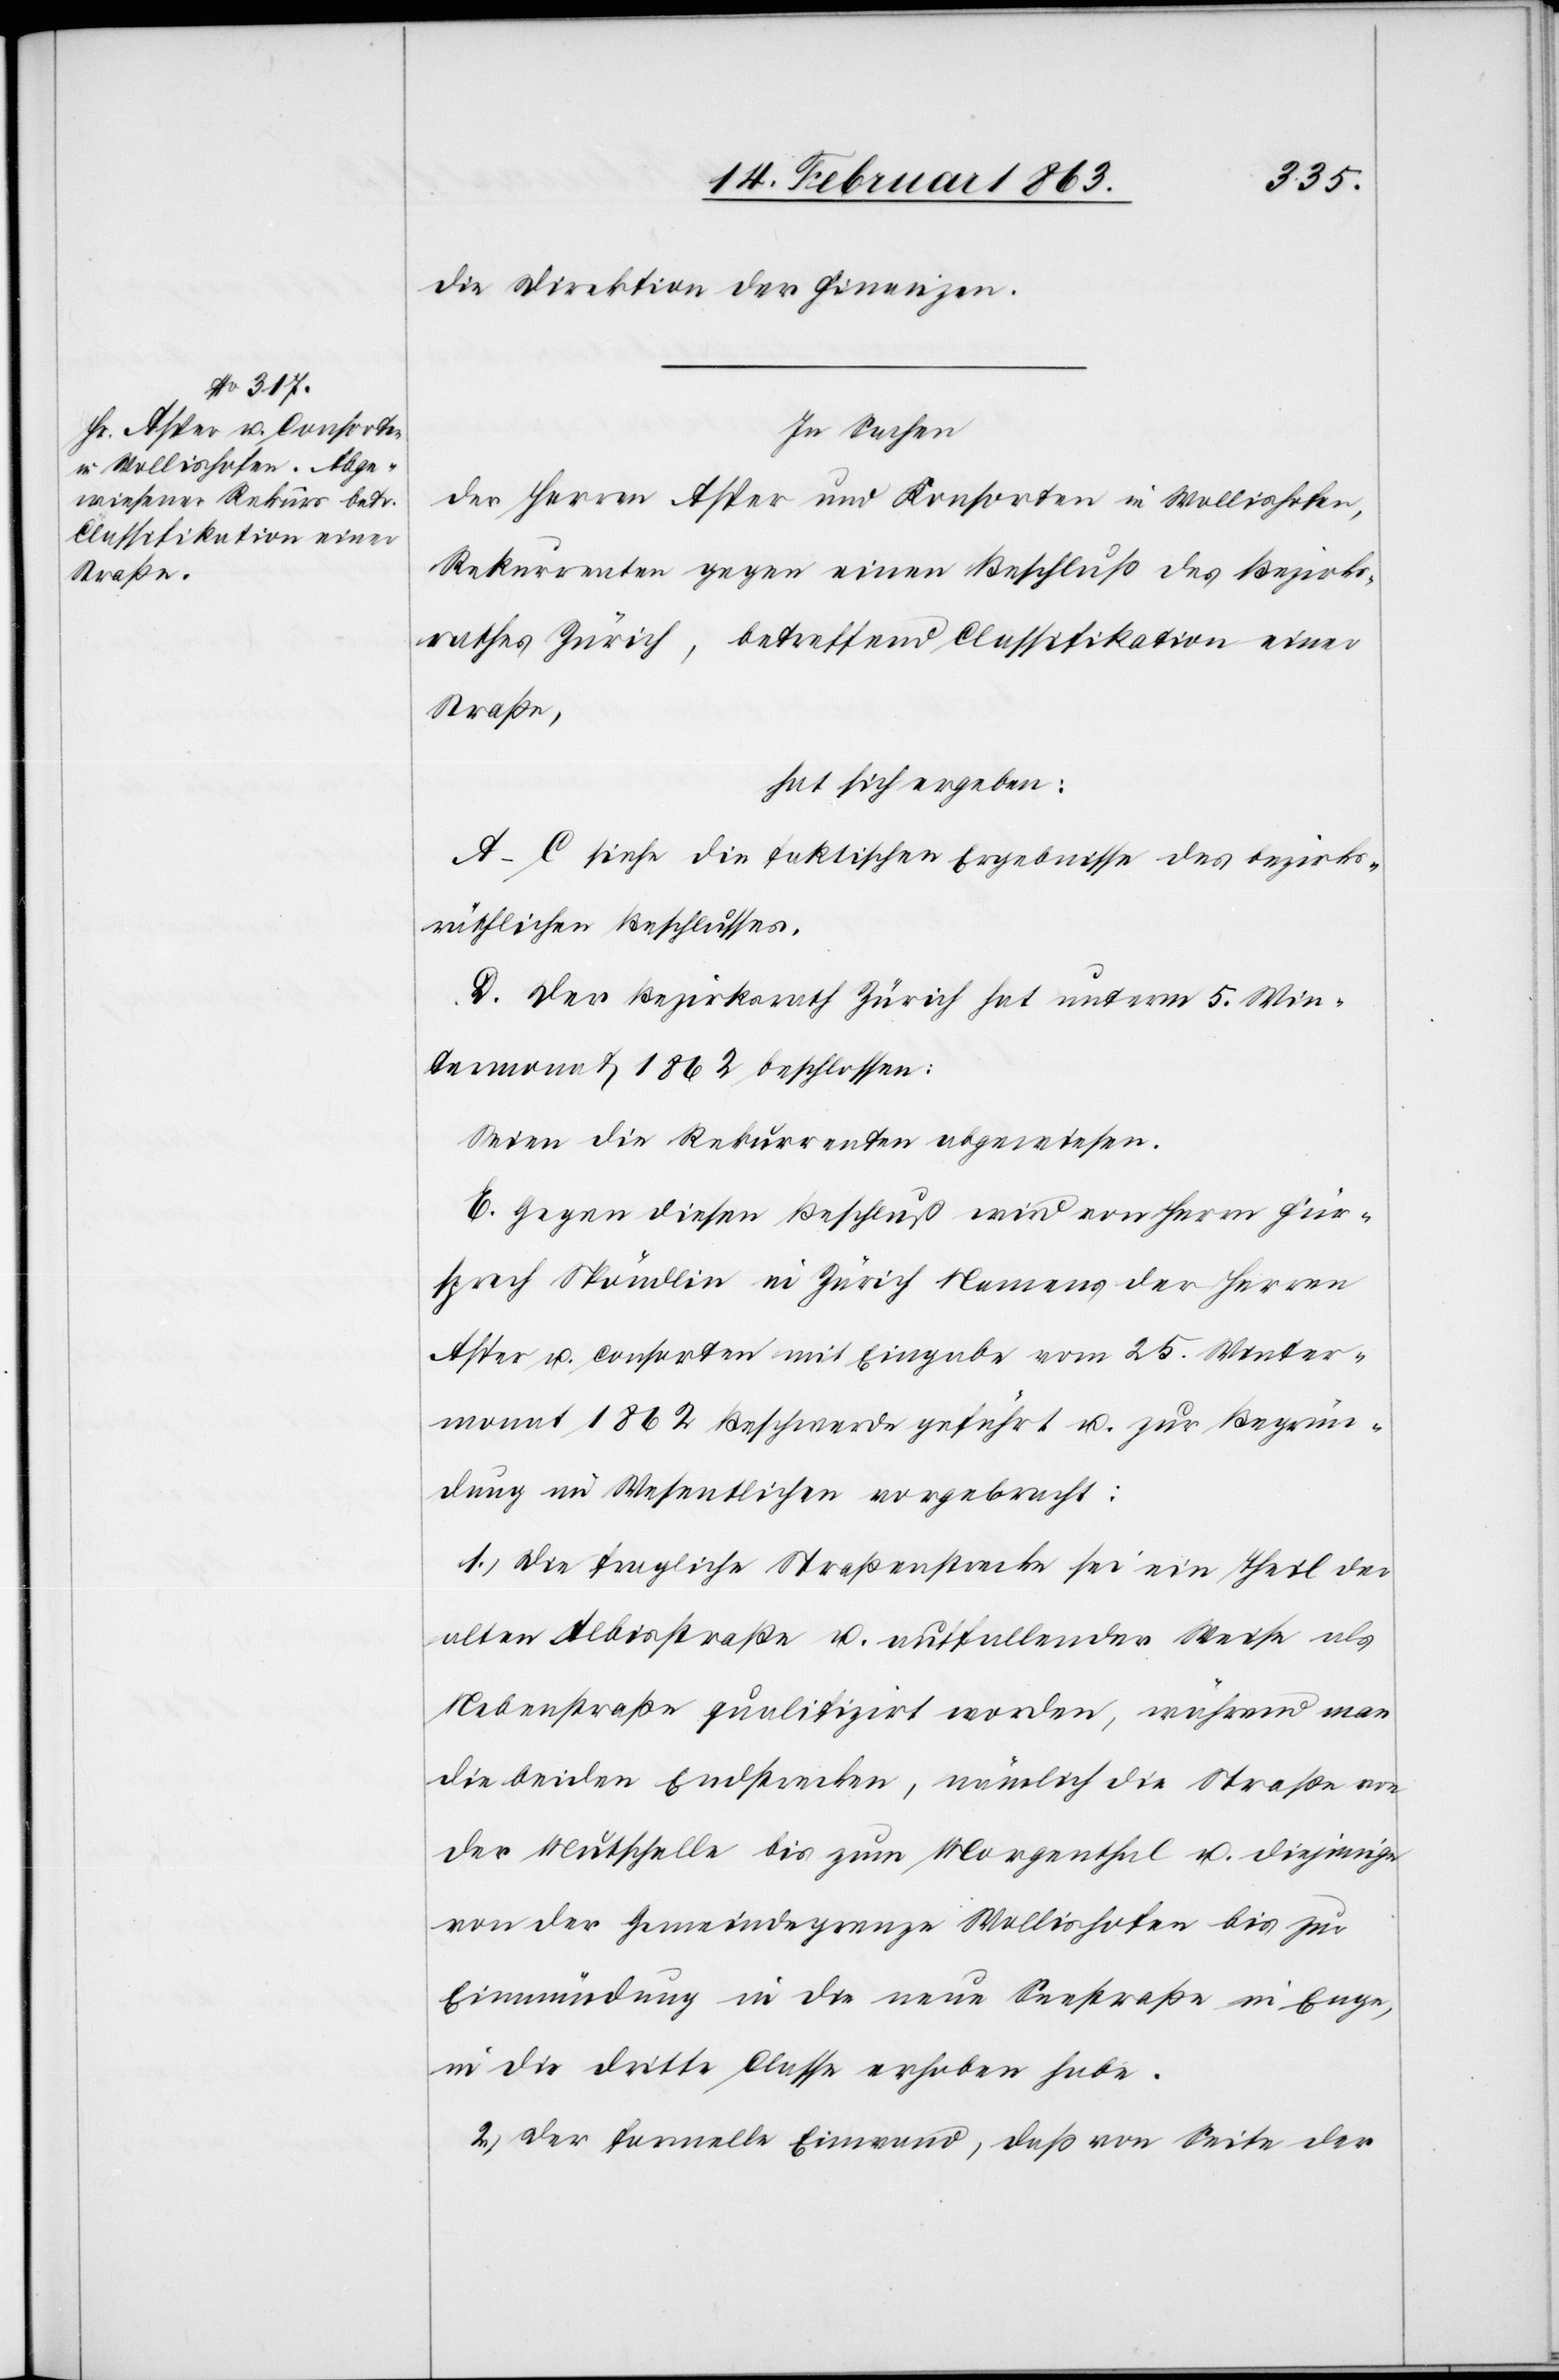
die Direktion der Finanzen.
In Sachen
der Herren Asper und Konsorten in Wollishofen,
Rekurrenten gegen einen Beschluß des Bezirks¬
rathes Zürich, betreffend Classifikation einer
Straße,
hat sich ergeben:
A–C siehe die faktischen Ergebnisse des bezirks¬
räthlichen Beschlusses.
D. Der Bezirksrath Zürich hat unterm 5. Win¬
termonat 1862 beschlossen:
Seien die Rekurrenten abgewiesen.
E. Gegen diesen Beschluß wird von Herrn Für¬
sprech Spöndlin in Zürich Namens der Herren
Asper u. Consorten mit Eingabe vom 25. Winter¬
monat 1862 Beschwerde geführt u. zur Begrün¬
dung im Wesentlichen vorgebracht:
1.) Die fragliche Straßenstrecke sei ein Theil der
alten Albisstraße u. auffallender Weise als
Nebenstraße qualifizirt worden, während man
die beiden Endstrecken, nämlich die Straße von
der Mutschelle bis zum Morgenthal u. diejenige
von der Gemeindegrenze Wollishofen bis zur
Einmündung in die neue Seestraße in Enge,
in die dritte Classe erhoben habe.
2.) Der formelle Einwand, daß von Seite der